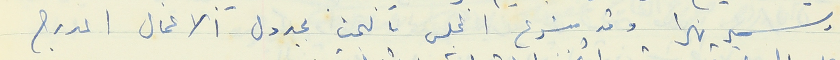
وسمير نهرا وقد شرع المجلس بالبحث بجدول الاعمال المدرج